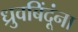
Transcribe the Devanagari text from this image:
ध्रुवबिंदूंना